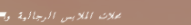
محلات الملابس الرجالية وا